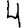
Digit: 4